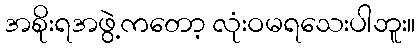
အစိုးရအဖွဲ့ကတော့ လုံးဝမရသေးပါဘူး။